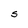
Character: S